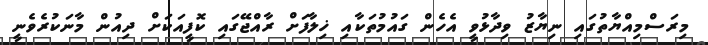
މިރަސްމިއްޔާތުގައި ނިޔާޒު ވިދާޅުވީ އެހެން ގައުމުތަކާއި ޚިލާފަށް ރާއްޖޭގައި ކޮފީއަކަށް ދިއުން މާނަކުރެވެނީ